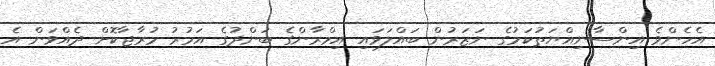
އެހެންވެ އިންސާނިއްޔަތުކަމުގެ ނަޒަރުން ބައްލަވައި އިމްރާންގެ ބަންދުގެ އަމުރު މުރާޖާކޮށް ދެއްވަން އެ